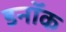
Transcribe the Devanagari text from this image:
डनॉक